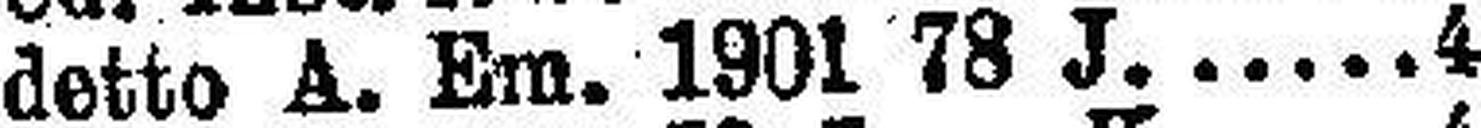
detto A. Em. 1901 78 J. 4